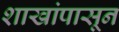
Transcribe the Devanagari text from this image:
शाखांपासून